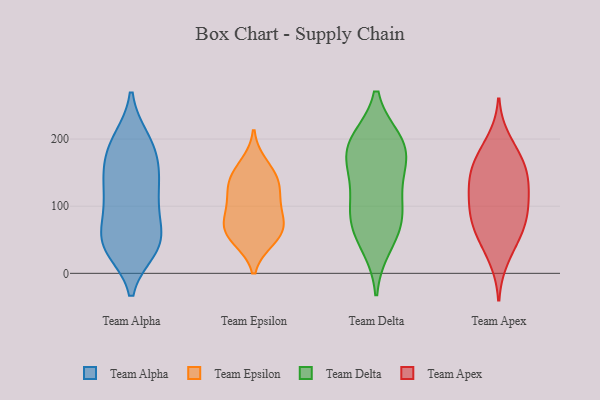
{"axis": {"x": "Production Output", "y": "Value"}, "legend": ["Team Alpha", "Team Apex", "Team Delta", "Team Epsilon"], "data": [{"x": "", "y": 44, "type": "Team Alpha"}, {"x": "", "y": 112, "type": "Team Alpha"}, {"x": "", "y": 36, "type": "Team Alpha"}, {"x": "", "y": 89, "type": "Team Alpha"}, {"x": "", "y": 46, "type": "Team Alpha"}, {"x": "", "y": 45, "type": "Team Alpha"}, {"x": "", "y": 129, "type": "Team Alpha"}, {"x": "", "y": 54, "type": "Team Alpha"}, {"x": "", "y": 198, "type": "Team Alpha"}, {"x": "", "y": 160, "type": "Team Alpha"}, {"x": "", "y": 91, "type": "Team Alpha"}, {"x": "", "y": 45, "type": "Team Alpha"}, {"x": "", "y": 151, "type": "Team Alpha"}, {"x": "", "y": 179, "type": "Team Alpha"}, {"x": "", "y": 197, "type": "Team Alpha"}, {"x": "", "y": 158, "type": "Team Alpha"}, {"x": "", "y": 136, "type": "Team Alpha"}, {"x": "", "y": 200, "type": "Team Alpha"}, {"x": "", "y": 36, "type": "Team Alpha"}, {"x": "", "y": 102, "type": "Team Alpha"}, {"x": "", "y": 50, "type": "Team Epsilon"}, {"x": "", "y": 64, "type": "Team Epsilon"}, {"x": "", "y": 129, "type": "Team Epsilon"}, {"x": "", "y": 163, "type": "Team Epsilon"}, {"x": "", "y": 87, "type": "Team Epsilon"}, {"x": "", "y": 51, "type": "Team Epsilon"}, {"x": "", "y": 143, "type": "Team Epsilon"}, {"x": "", "y": 116, "type": "Team Epsilon"}, {"x": "", "y": 142, "type": "Team Epsilon"}, {"x": "", "y": 69, "type": "Team Epsilon"}, {"x": "", "y": 75, "type": "Team Epsilon"}, {"x": "", "y": 105, "type": "Team Epsilon"}, {"x": "", "y": 92, "type": "Team Delta"}, {"x": "", "y": 64, "type": "Team Delta"}, {"x": "", "y": 152, "type": "Team Delta"}, {"x": "", "y": 80, "type": "Team Delta"}, {"x": "", "y": 196, "type": "Team Delta"}, {"x": "", "y": 191, "type": "Team Delta"}, {"x": "", "y": 42, "type": "Team Delta"}, {"x": "", "y": 102, "type": "Team Delta"}, {"x": "", "y": 147, "type": "Team Delta"}, {"x": "", "y": 184, "type": "Team Delta"}, {"x": "", "y": 192, "type": "Team Delta"}, {"x": "", "y": 167, "type": "Team Apex"}, {"x": "", "y": 84, "type": "Team Apex"}, {"x": "", "y": 98, "type": "Team Apex"}, {"x": "", "y": 122, "type": "Team Apex"}, {"x": "", "y": 59, "type": "Team Apex"}, {"x": "", "y": 51, "type": "Team Apex"}, {"x": "", "y": 92, "type": "Team Apex"}, {"x": "", "y": 198, "type": "Team Apex"}, {"x": "", "y": 151, "type": "Team Apex"}, {"x": "", "y": 175, "type": "Team Apex"}, {"x": "", "y": 151, "type": "Team Apex"}, {"x": "", "y": 22, "type": "Team Apex"}, {"x": "", "y": 137, "type": "Team Apex"}, {"x": "", "y": 72, "type": "Team Apex"}, {"x": "", "y": 120, "type": "Team Apex"}]}